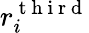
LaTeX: r_{i}^{\mathrm{~t~h~i~r~d~}}